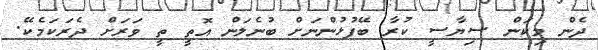
ދެން މިކަން ސިޔާސީ ކުރާ ބޭފުޅުންނަށް ބުނެލަން އޮތީ ތީ ވަރަށް ދެރަކަމެކޭ.